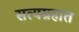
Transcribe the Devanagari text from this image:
सत्यग्रहात